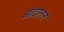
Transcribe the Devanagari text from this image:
आंदालन